Scottish Leaving Certificate Examination, 1954
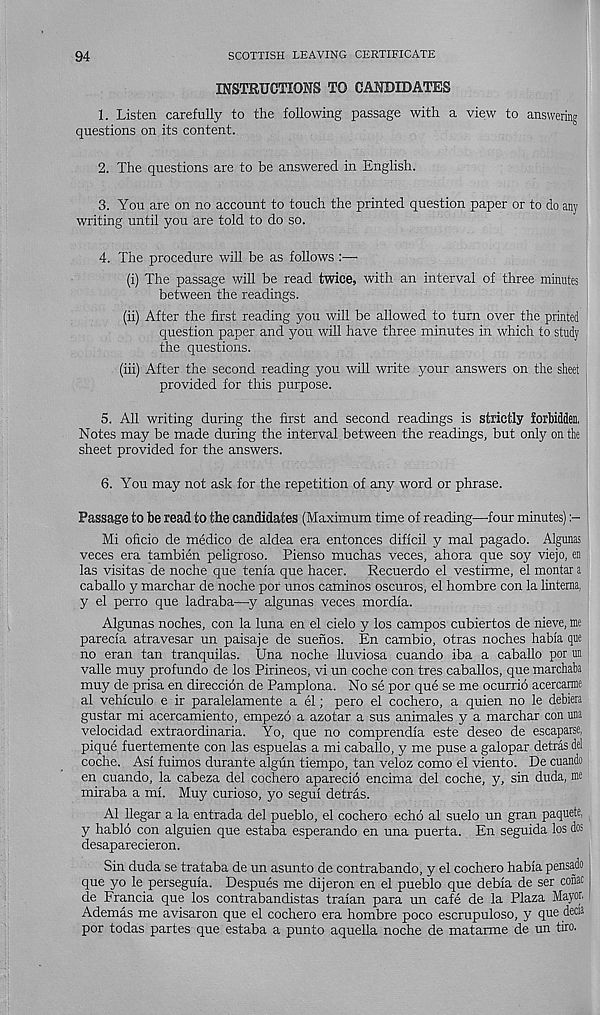
94
SCOTTISH LEAVING CERTIFICATE
INSTRUCTIONS TO CANDIDATES
1. Listen carefully to the following passage with a view to answering
questions on its content.
2. The questions are to be answered in English.
3. You are on no account to touch the printed question paper or to do any
writing until you are told to do so.
4. The procedure will be as follows :—
(i) The passage will be read twice, with an interval of three minutes
between the readings.
(ii) After the first reading you will be allowed to turn over the printed
question paper and jrou will have three minutes in which to study
the questions.
(iii) After the second reading you will write your answers on the sheet
provided for this purpose.
5. All writing during the first and second readings is strictly forbidden,
Notes may be made during the interval between the readings, but only on the
sheet provided for the answers.
6. You may not ask for the repetition of any word or phrase.
Passage to be read to the candidates (Maximum time of reading—four minutes)
Mi oficio de medico de aldea era entonces dificil y mal pagado. Algtmas
veces era tambien peligroso. Pienso muchas veces, ahora que soy viejo, en
las visitas de noche que tenia que hacer. Recuerdo el vestirme, el montar a
caballo y marchar de noche por unos caminos oscuros, el hombre con la lintema,
y el perro que ladraba—y algunas veces mordia.
Algunas noches, con la luna en el cielo y los campos cubiertos de nieve, me
parecia atravesar un paisaje de suenos. En cambio, otras noches habia que
no eran tan tranquilas. Una noche lluviosa cuando iba a caballo por m
valle muy profundo de los Pirineos, vi un coche con tres caballos, que marchaba
muy de prisa en direccion de Pamplona. No se por que se me ocurrio acercarme
al vehiculo e ir paralelamente a el; pero el cochero, a quien no le debiera
gustar mi acercamiento, empezo a azotar a sus animales y a marchar con una
velocidad extraordinaria. Yo, que no comprendia este deseo de escaparse,
pique fuertemente con las espuelas a mi caballo, y me puse a galopar detras del
coche. Asi fuimos durante algun tiempo, tan veloz como el viento. De cuando
en cuando, la cabeza del cochero aparecid encima del coche, y, sin duda, me
miraba a mi. Muy curioso, yo segui detras.
Al llegar a la entrada del pueblo, el cochero echo al suelo un gran paquete,
y habld con alguien que estaba esperando en una puerta. En seguida los dos
desaparecieron.
Sin duda se trataba de un asunto de contrabando, y el cochero habia pensado
que yo le perseguia. Despues me dijeron en el pueblo que debia de ser cofiac
de Francia que los contrabandistas traian para un cafe de la Plaza Mayo).
Ademas me avisaron que el cochero era hombre poco escrupuloso, y que decia
por todas partes que estaba a punto aquella noche de matarme de un tiro.